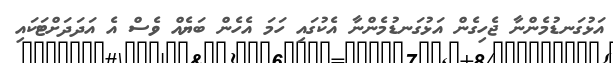
އަޅުގަނޑުމެންނާ ޖެހިގެން އަޅުގަނޑުމެންނާ އެކުގައި ހަމަ އެހެން ބަޔެއް ވެސް އެ އަދަދަށްޓަކައި